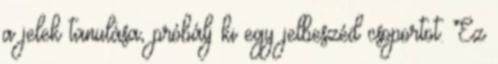
a jelek tanulása, próbálj ki egy jelbeszéd csoportot. Ez